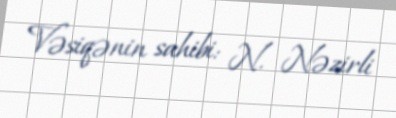
Vəsiqənin sahibi: N. Nəzirli